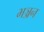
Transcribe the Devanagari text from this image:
भञ्जन